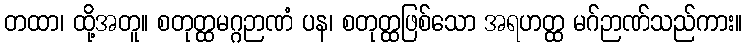
တထာ၊ ထို့အတူ။ စတုတ္ထမဂ္ဂဉာဏံ ပန၊ စတုတ္ထဖြစ်သော အရဟတ္ထ မဂ်ဉာဏ်သည်ကား။